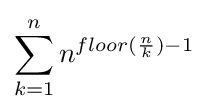
\sum _{k=1}^{n}n^{floor({\frac {n}{k}})-1}